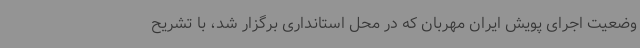
وضعیت اجرای پویش ایران مهربان که در محل استانداری برگزار شد، با تشریح